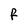
Character: F